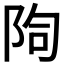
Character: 𨹐